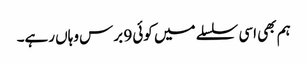
ہم بھی اسی سلسلے میں کوئی 9 برس وہاں رہے۔